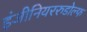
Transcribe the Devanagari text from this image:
इंजीनियररुडोल्फ